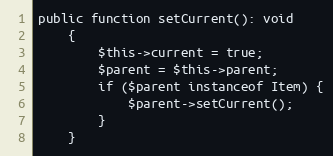
Language: PHP
public function setCurrent(): void
	{
		$this->current = true;
		$parent = $this->parent;
		if ($parent instanceof Item) {
			$parent->setCurrent();
		}
	}